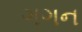
ગગન